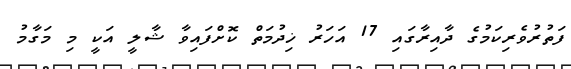
ފަތުރުވެރިކަމުގެ ދާއިރާގައި 17 އަހަރު ޚިދުމަތް ކޮށްފައިވާ ޝާލީ އަކީ މި މަގާމު